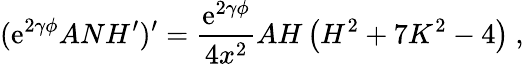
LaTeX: (\mathrm{e}^{2\gamma\phi}ANH^{\prime})^{\prime}=\frac{{\mathrm{e}^{2\gamma\phi}}}{{4x^{2}}}AH\left(H^{2}+7K^{2}-4\right)\ ,